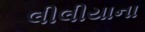
લીલીયાના